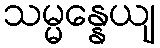
သမ္မန္နေယျ